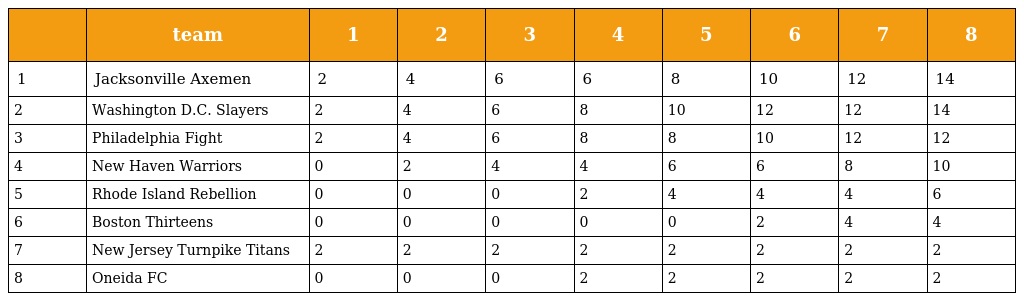
|  | team | 1 | 2 | 3 | 4 | 5 | 6 | 7 | 8 |
 | --- | --- | --- | --- | --- | --- | --- | --- | --- | --- |
 | 1 | Jacksonville Axemen | 2 | 4 | 6 | 6 | 8 | 10 | 12 | 14 |
 | 2 | Washington D.C. Slayers | 2 | 4 | 6 | 8 | 10 | 12 | 12 | 14 |
 | 3 | Philadelphia Fight | 2 | 4 | 6 | 8 | 8 | 10 | 12 | 12 |
 | 4 | New Haven Warriors | 0 | 2 | 4 | 4 | 6 | 6 | 8 | 10 |
 | 5 | Rhode Island Rebellion | 0 | 0 | 0 | 2 | 4 | 4 | 4 | 6 |
 | 6 | Boston Thirteens | 0 | 0 | 0 | 0 | 0 | 2 | 4 | 4 |
 | 7 | New Jersey Turnpike Titans | 2 | 2 | 2 | 2 | 2 | 2 | 2 | 2 |
 | 8 | Oneida FC | 0 | 0 | 0 | 2 | 2 | 2 | 2 | 2 |